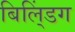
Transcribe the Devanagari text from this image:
बिलि्ंडग